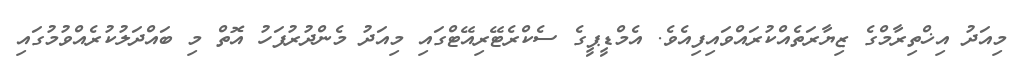
މިއަދު އިޚްތިރާމްގެ ޒިޔާރަތެއްކުރައްވައިފިއެވެ. އެމްޑީޕީީގެ ސެކްރެޓޭރިއޭޓްގައި މިއަދު މެންދުރުފަހު އޮތް މި ބައްދަލުކުރެއްވުމުގައި